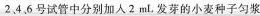
2、4、6号试管中分别加入2mL发芽的小麦种子匀浆